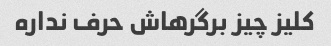
کلیز چیز برگرهاش حرف نداره